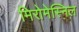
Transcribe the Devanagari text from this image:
मिरोमेस्निल